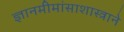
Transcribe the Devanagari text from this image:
ज्ञानमीमांसाशास्त्राने